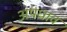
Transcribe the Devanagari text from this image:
अपधाव